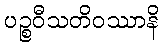
ပဉ္စဝီသတိဝဿာနိ